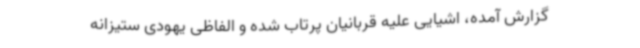
گزارش آمده، اشیایی علیه قربانیان پرتاب شده و الفاظی یهودی ستیزانه